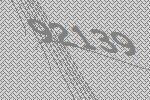
92139